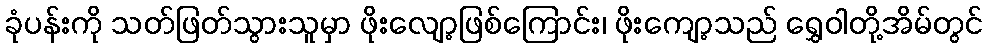
ခုံပန်းကို သတ်ဖြတ်သွားသူမှာ ဖိုးလျော့ဖြစ်ကြောင်း၊ ဖိုးကျော့သည် ရွှေဝါတို့အိမ်တွင်